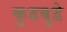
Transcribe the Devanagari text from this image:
कुडबुडे